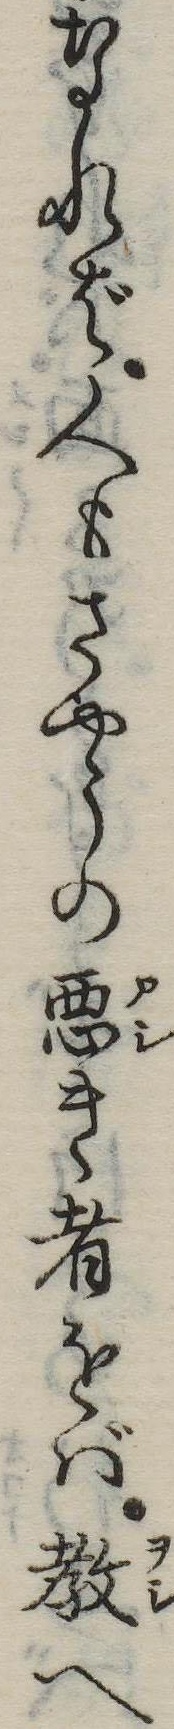
なれば人もさやうの悪き者をば教へ